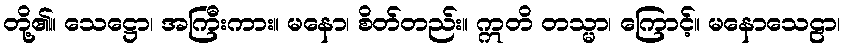
တို့၏။ သေဋ္ဌော၊ အကြီးကား။ မနော၊ စိတ်တည်း။ ဣတိ တသ္မာ၊ ကြောင့်။ မနောသေဠာ၊